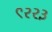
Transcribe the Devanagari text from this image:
९२२३